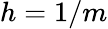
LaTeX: h=1/m